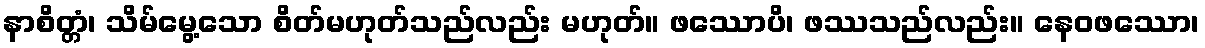
နာစိတ္တံ၊ သိမ်မွေ့သော စိတ်မဟုတ်သည်လည်း မဟုတ်။ ဖဿောပိ၊ ဖဿသည်လည်း။ နေဝဖဿော၊